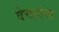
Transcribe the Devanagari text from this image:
वेचतांना